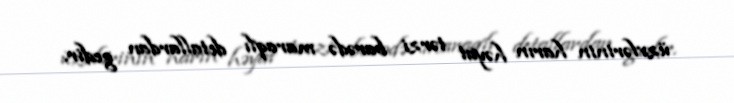
üzvlərinin harın həyat tərzi barədə maraqlı detallardan gedir.